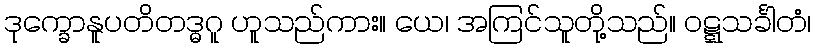
ဒုက္ခောနူပတိတဒ္ဓဂူ ဟူသည်ကား။ ယေ၊ အကြင်သူတို့သည်။ ဝဋ္ဋသင်္ခါတံ၊